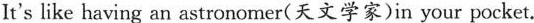
It's like having an astronomer(天文学家)in your pocket.